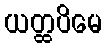
ယတ္ထပိမေ